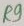
Text: R9